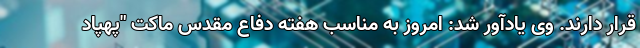
قرار دارند. وی یادآور شد: امروز به مناسب هفته دفاع مقدس ماکت "پهپاد